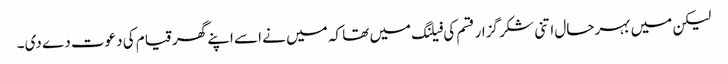
لیکن میں بہرحال اتنی شکر گزار قسم کی فیلنگ میں تھا کہ میں نے اسے اپنے گھر قیام کی دعوت دے دی۔